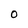
Character: 0